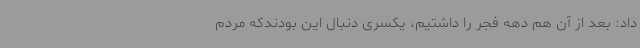
داد: بعد از آن هم دهه فجر را داشتیم، یکسری دنبال این بودندکه مردم